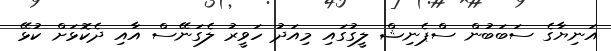
އަނިޔާގެ ސަބަބުން ސްޕެނިޝް ލީގުގައި މިއަދު ހަވީރު ލެގަނޭސް އާއި ދެކޮޅަށް ކުޅޭ